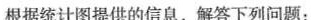
根据统计图提供的信息，解答下列问题：